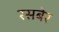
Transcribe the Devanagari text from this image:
रसबेर